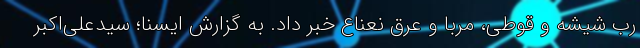
رب شیشه و قوطی، مربا و عرق نعناع خبر داد. به گزارش ایسنا؛ سیدعلی‌اکبر